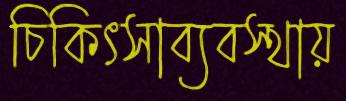
চিকিৎসাব্যবস্থায়